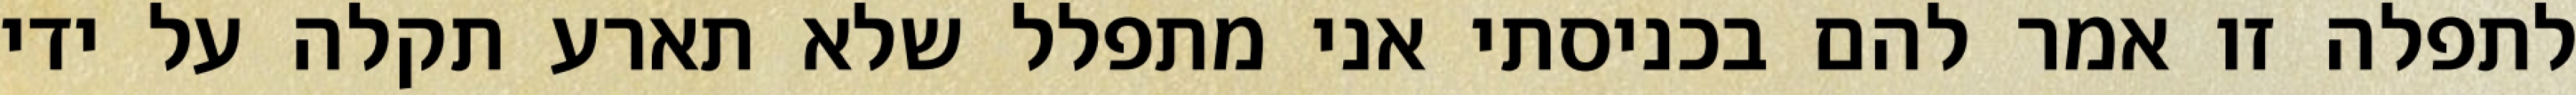
לתפלה זו אמר להם בכניסתי אני מתפלל שלא תארע תקלה על ידי